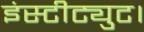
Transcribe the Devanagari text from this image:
इंस्टीट्युट।